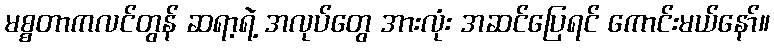
မစ္စတာကလင်တွန် ဆရာ့ရဲ့ အလုပ်တွေ အားလုံး အဆင်ပြေရင် ကောင်းမယ်နော်။